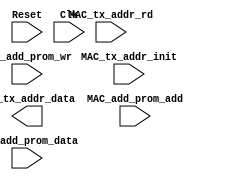
//////////////////////////////////////////////////////////////////////
////                                                              ////
////  MAC_tx_addr_add.v                                           ////
////                                                              ////
////  This file is part of the Ethernet IP core project           ////
////  http://www.opencores.org/projects.cgi/wr_en/ethernet_tri_mode/////
////                                                              ////
////  Author(s):                                                  ////
////      - Jon Gao (gaojon@yahoo.com)                            ////
////                                                              ////
////                                                              ////
//////////////////////////////////////////////////////////////////////
////                                                              ////
//// Copyright (C) 2001 Authors                                   ////
////                                                              ////
//// This source file may be used and distributed without         ////
//// restriction provided that this copyright statement is not    ////
//// removed from the file and that any derivative work contains  ////
//// the original copyright notice and the associated disclaimer. ////
////                                                              ////
//// This source file is free software; you can redistribute it   ////
//// and/or modify it under the terms of the GNU Lesser General   ////
//// Public License as published by the Free Software Foundation; ////
//// either version 2.1 of the License, or (at your option) any   ////
//// later version.                                               ////
////                                                              ////
//// This source is distributed in the hope that it will be       ////
//// useful, but WITHOUT ANY WARRANTY; without even the implied   ////
//// warranty of MERCHANTABILITY or FITNESS FOR A PARTICULAR      ////
//// PURPOSE.  See the GNU Lesser General Public License for more ////
//// details.                                                     ////
////                                                              ////
//// You should have received a copy of the GNU Lesser General    ////
//// Public License along with this source; if not, download it   ////
//// from http://www.opencores.org/lgpl.shtml                     ////
////                                                              ////
//////////////////////////////////////////////////////////////////////
//                                                                    
// CVS Revision History                                               
//                                                                    
// $Log: not supported by cvs2svn $
// Revision 1.2  2005/12/16 06:44:18  Administrator
// replaced tab with space.
// passed 9.6k length frame test.
//
// Revision 1.1.1.1  2005/12/13 01:51:45  Administrator
// no message
//                                           
module MAC_tx_addr_add ( 
Reset               ,
Clk                 ,
MAC_tx_addr_init    ,
MAC_tx_addr_rd      ,
MAC_tx_addr_data    ,
//CPU               ,
MAC_add_prom_data   ,
MAC_add_prom_add    ,
MAC_add_prom_wr     
);

input           Reset               ;
input           Clk                 ;
input           MAC_tx_addr_rd      ;
input           MAC_tx_addr_init    ;
output  [7:0]   MAC_tx_addr_data    ;
                //CPU               ;
input   [7:0]   MAC_add_prom_data   ;
input   [2:0]   MAC_add_prom_add    ;
input           MAC_add_prom_wr     ;

//******************************************************************************   
//internal signals                                                              
//******************************************************************************
reg [2:0]       add_rd;
wire[2:0]       add_wr;
wire[7:0]       din;
wire[7:0]       dout;
wire            wr_en;
reg             MAC_add_prom_wr_dl1;
reg             MAC_add_prom_wr_dl2;
//******************************************************************************   
//write data from cpu to prom                                                              
//******************************************************************************
always @ (posedge Clk or posedge Reset)
    if (Reset)
        begin
        MAC_add_prom_wr_dl1     <=0;
        MAC_add_prom_wr_dl2     <=0;
        end
    else
        begin
        MAC_add_prom_wr_dl1     <=MAC_add_prom_wr;
        MAC_add_prom_wr_dl2     <=MAC_add_prom_wr_dl1;
        end     
assign # 2 wr_en   =MAC_add_prom_wr_dl1&!MAC_add_prom_wr_dl2;
assign # 2 add_wr  =MAC_add_prom_add;
assign # 2 din     =MAC_add_prom_data;

//******************************************************************************   
//read data from cpu to prom                                                              
//******************************************************************************
always @ (posedge Clk or posedge Reset)
    if (Reset)
        add_rd       <=0;
    else if (MAC_tx_addr_init)
        add_rd       <=0;
    else if (MAC_tx_addr_rd)
        add_rd       <=add_rd + 1;
assign MAC_tx_addr_data=dout;      
//******************************************************************************   
//b port for read ,a port for write .
//******************************************************************************
/*
duram #(8,3,"M512","DUAL_PORT") U_duram(           
.data_a         (din            ), 
.wren_a         (wr_en          ), 
.address_a      (add_wr         ), 
.address_b      (add_rd         ), 
.clock_a        (Clk            ), 
.clock_b        (Clk            ), 
.q_b            (dout           ));  
  */    

endmodule